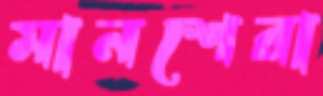
মানশেরা